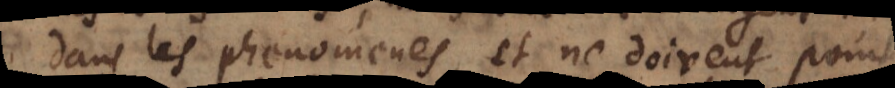
dans les phenomenes, et ne doivent point